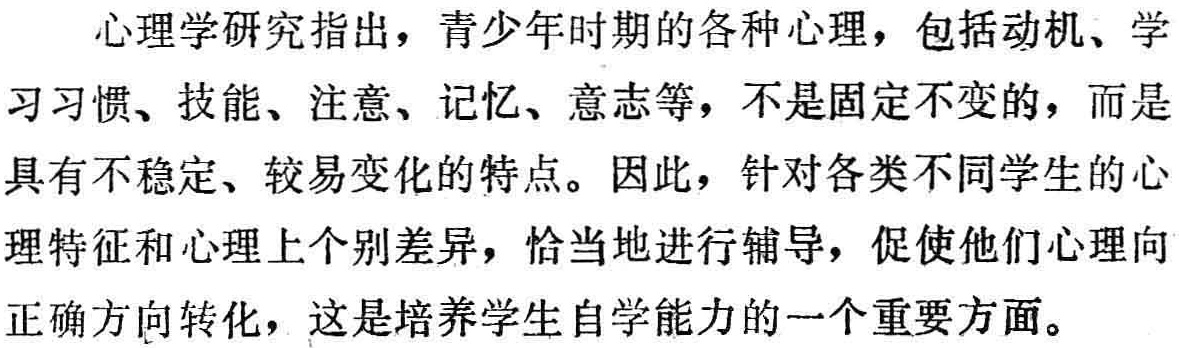
心理学研究指出，青少年时期的各种心理，包括动机、学习习惯、技能、注意、记忆、意志等，不是固定不变的，而是具有不稳定、较易变化的特点。因此，针对各类不同学生的心理特征和心理上个别差异，恰当地进行辅导，促使他们心理向正确方向转化，这是培养学生自学能力的一个重要方面。